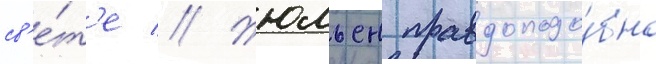
св'е́т'е // Жюльен правдоподо́бно